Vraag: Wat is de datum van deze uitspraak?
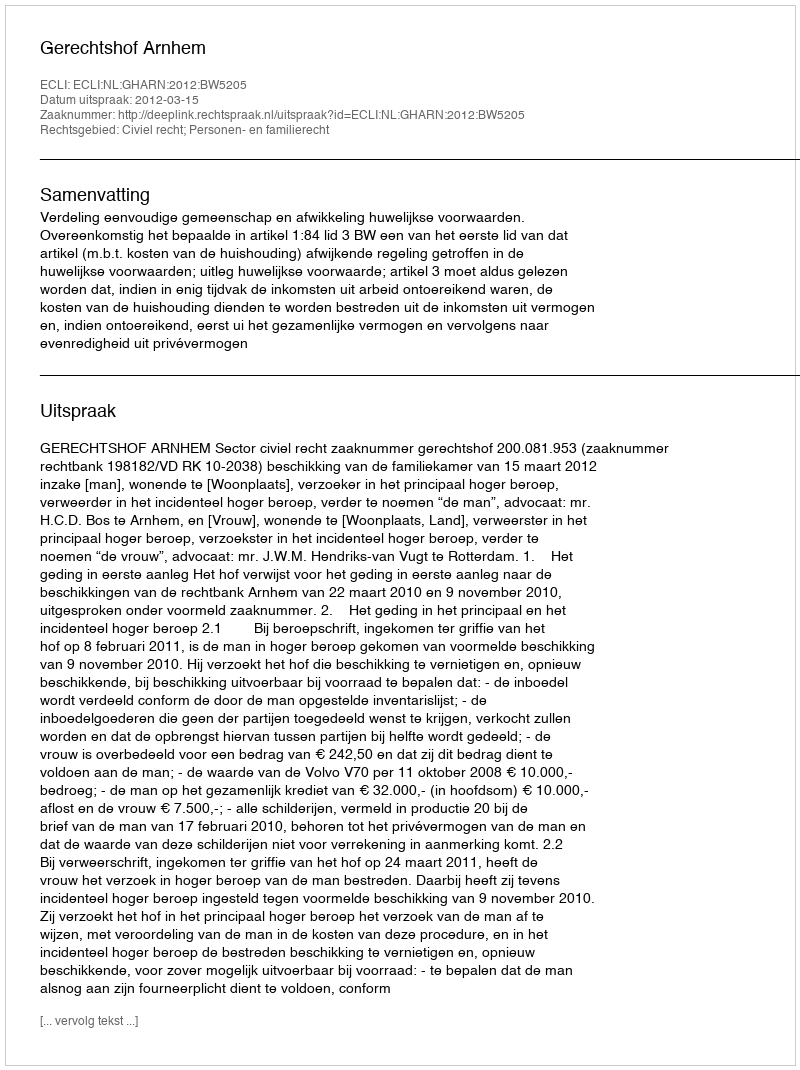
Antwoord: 2012-03-15